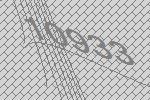
10933